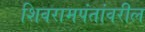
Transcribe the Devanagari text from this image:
शिवरामपंतांवरील